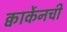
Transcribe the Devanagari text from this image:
क्वार्केनची